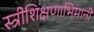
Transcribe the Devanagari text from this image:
स्त्रीशिक्षणाभिमानी